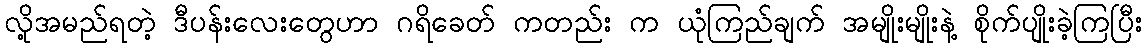
လို့အမည်ရတဲ့ ဒီပန်းလေးတွေဟာ ဂရိခေတ် ကတည်း က ယုံကြည်ချက် အမျိုးမျိုးနဲ့ စိုက်ပျိုးခဲ့ကြပြီး